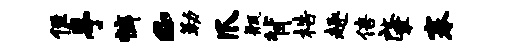
侄亭裤c勒爪瓶背梏趣倍肇搴